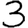
Digit: 3